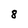
Character: 8